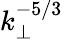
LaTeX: k_{\perp}^{-5/3}